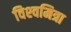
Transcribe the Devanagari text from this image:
विश्‍वमित्रा